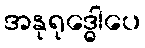
အနုရုဒ္ဓေါပေ